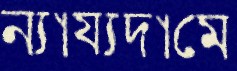
ন্যায্যদামে